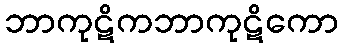
ဘာကုဋိကဘာကုဋိကော